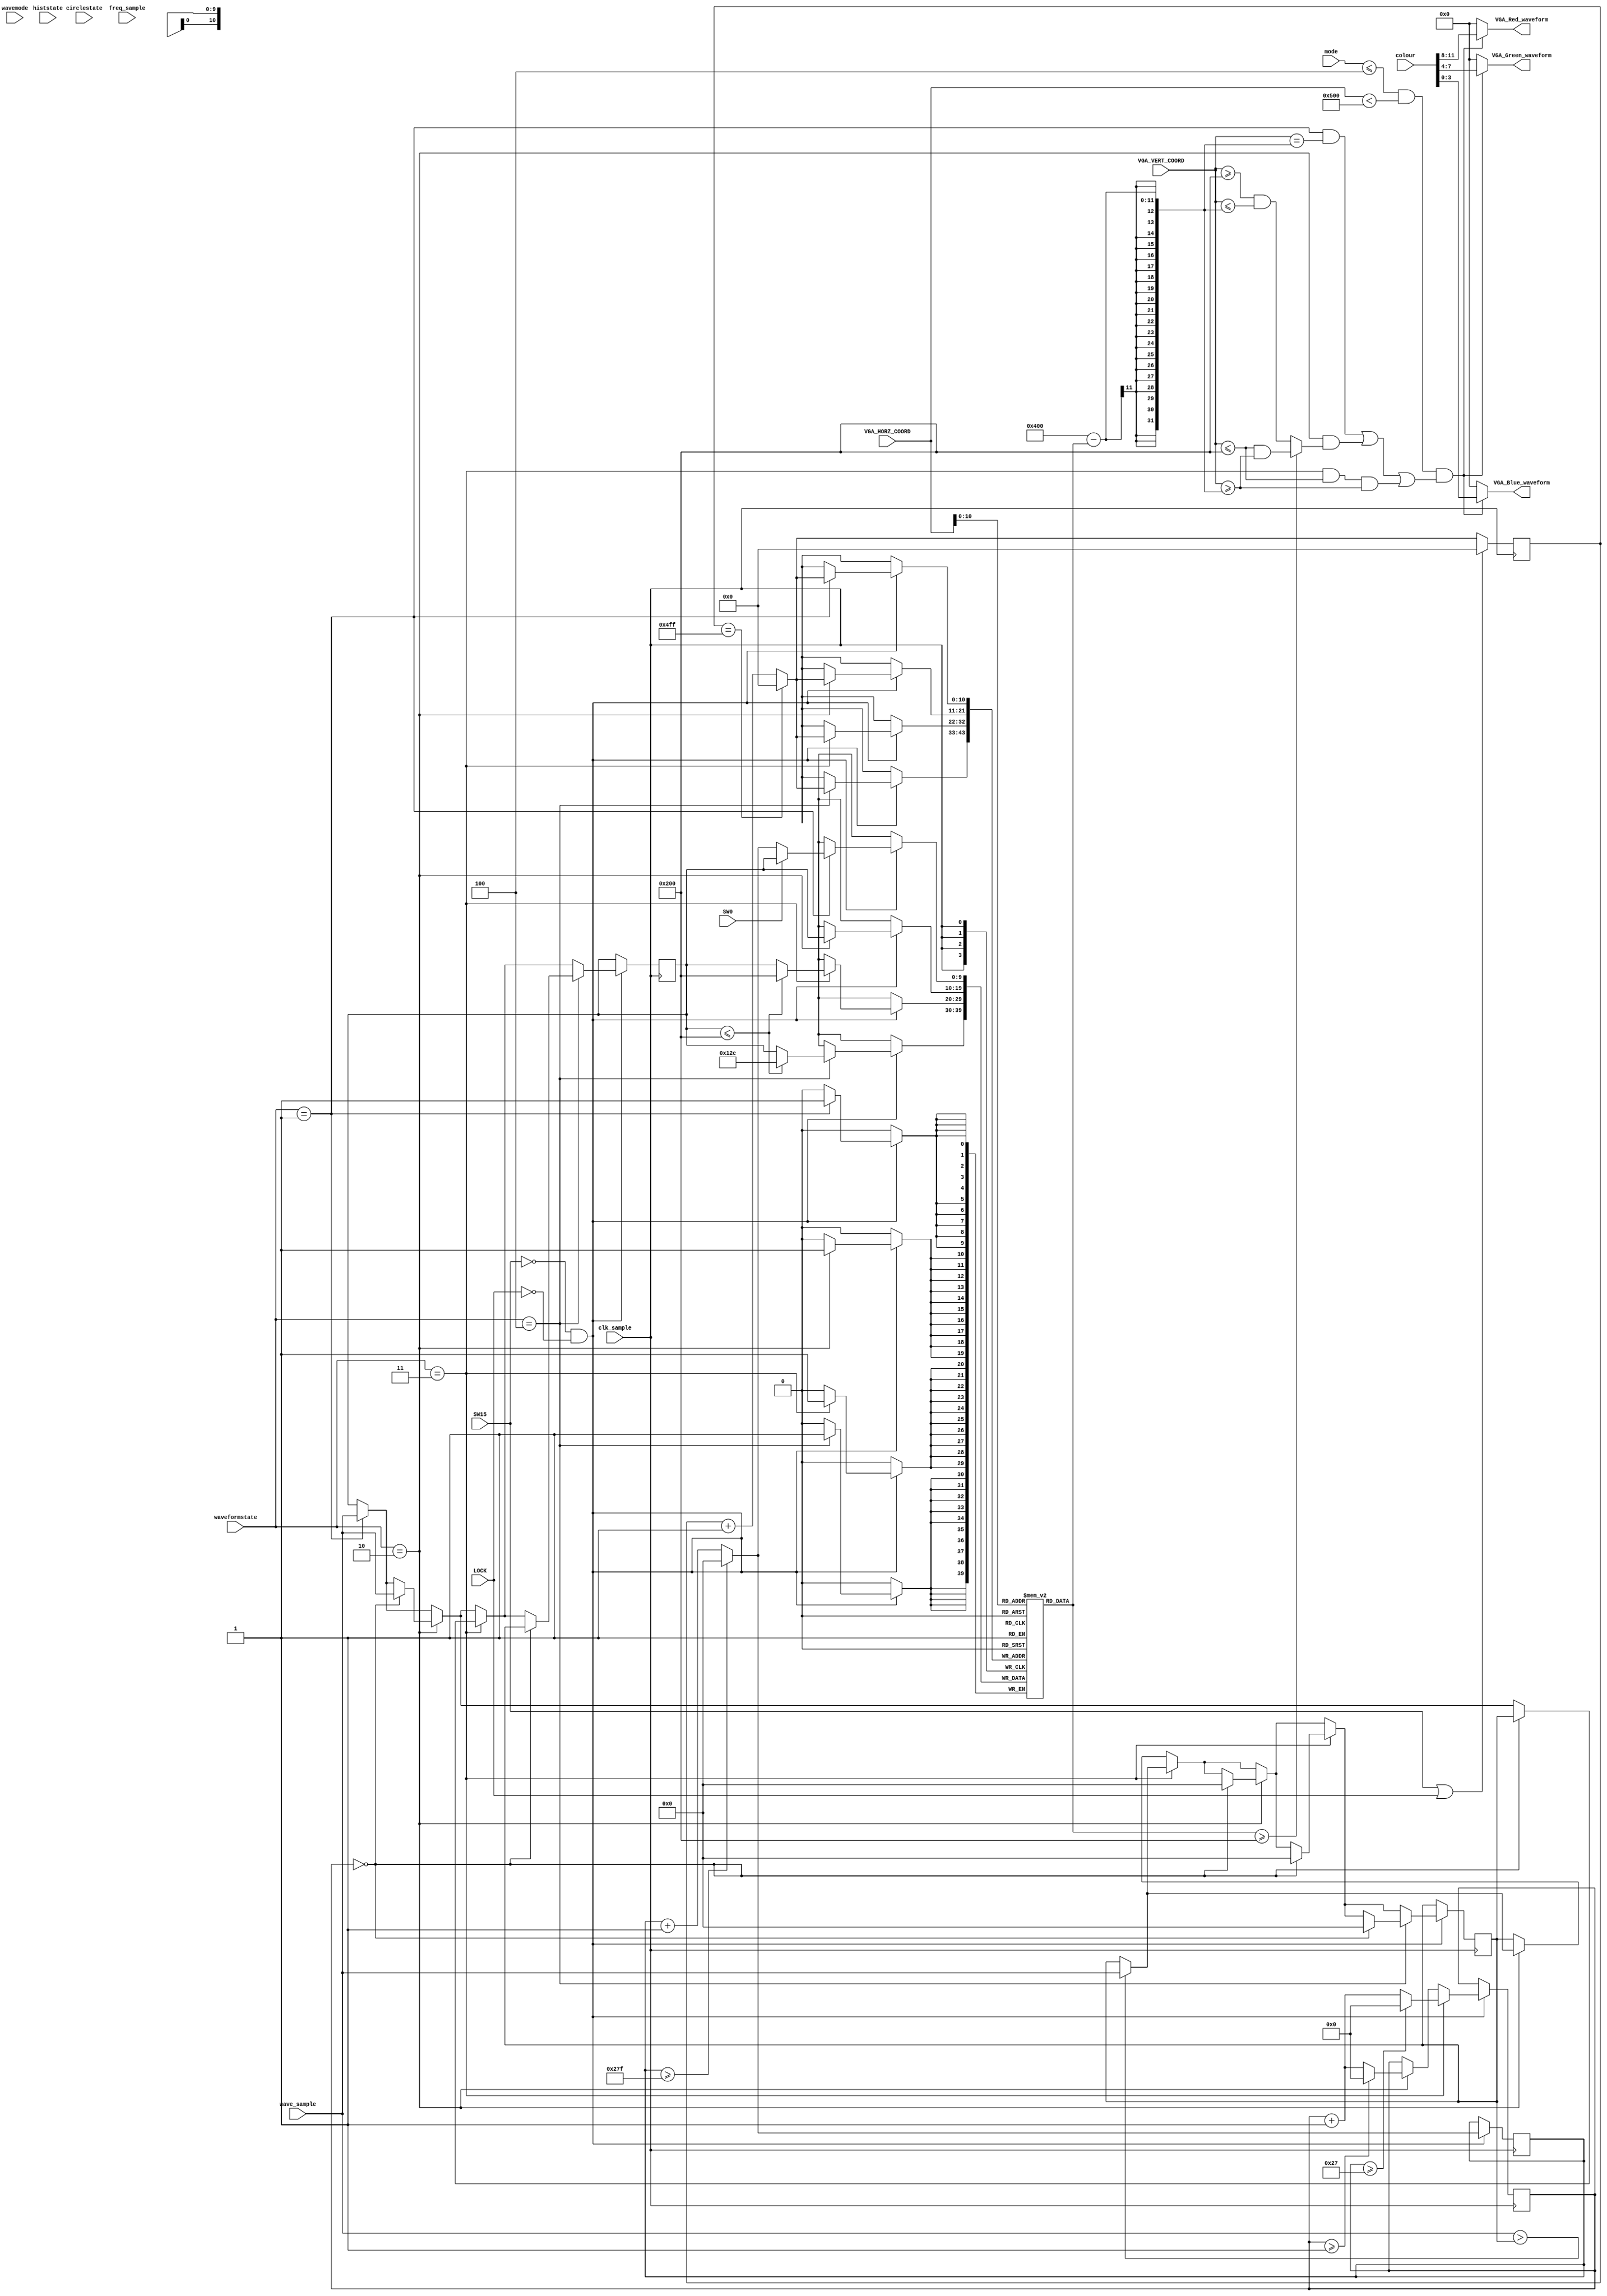
`timescale 1ns / 1ps
/**
 * Draw Waveform (Mode Selectable)
 * Options:
 * 1 - Standard wave w. ramp
 * 2 - Standard wave (Filled) w. ramp
 * 3 - Block wave (Filled)
 */

module Draw_Waveform_Mode(
    input clk_sample, //20kHz clock
    input SW0, SW15,
    input LOCK,
    input [5:0] mode,
    input [2:0] wavemode,
    input [2:0] waveformstate,
    input [2:0] histstate,
    input [2:0] circlestate,
    
    input [9:0] wave_sample,
    input [9:0] freq_sample,
    input [11:0] VGA_HORZ_COORD,
    input [11:0] VGA_VERT_COORD,
    input [11:0] colour,
    
    output [3:0] VGA_Red_waveform,
    output [3:0] VGA_Green_waveform,
    output [3:0] VGA_Blue_waveform
    );
    
    //The memory represents the memory array used to store the voice samples.
    //There are 1280 points and each point can range from 0 to 1023. 
    reg [9:0] memory[1279:0];
    reg [10:0] i = 1; //counter for memory
    reg [9:0] ramp_count;
    
    reg [5:0] counter = 0;
    reg [9:0] prev;
    reg [9:0] maxWave;
    
    //Each wave_sample is displayed on the screen from left to right. 
    always @ (posedge clk_sample) begin
        i = (i == 1279) ? 0 : i + 1;
        
        if (SW15 == 1 || LOCK == 1) begin //reset ramp count
            ramp_count <= 0;
            i <= 0;
        end
        
        if (SW15 == 0 && LOCK == 0) begin
            //filled waveform code (so that it doesn't look terrible)
            if (waveformstate == 2) begin
                counter <= (counter >= 1 ? 0 : counter + 1);
                maxWave <= (wave_sample > maxWave ? wave_sample : maxWave);
            end
            
            //block wave specific code (gets the peak vol per interval)
            if (waveformstate == 3) begin
                counter <= (counter >= 39 ? 0 : counter + 1);
                maxWave <= (wave_sample > maxWave ? wave_sample : maxWave);
            end
            
            
            ramp_count = (ramp_count >= 639) ? 0 : ramp_count + 1;
            
            //determine what to assign to each block
            if (waveformstate == 1) begin
                memory[i] <= (SW0 == 1) ? prev : ramp_count;
                prev <= wave_sample;
            end
            
            if (waveformstate == 2) begin
                memory[i] <= prev;
                if (counter == 0) begin
                    prev <= wave_sample;
                    maxWave <= 0;
                end
            end
            
            if (waveformstate == 3) begin
                memory[i] <= (prev <= 512 ? 512 : prev);
                if (counter == 0) begin
                    prev <= maxWave;
                    maxWave <= 0;
                end
            end
            
            if (waveformstate == 4) begin
                memory[i] <= (prev <= 512 ? 300 : prev);
                if (counter == 0) begin
                    prev <= maxWave;
                    maxWave <= 0;
                end
            end
            
        end
                      
    end
     
    wire [3:0] red;
    wire [3:0] green;
    wire [3:0] blue;
    
    assign red = colour >> 8;
    assign green = colour << 4 >> 8;
    assign blue = colour << 8 >> 8;
    
    assign VGA_Red_waveform = ((mode <= 4 && VGA_HORZ_COORD < 1280) && 
    ((waveformstate == 1 && VGA_VERT_COORD == (1024 - memory[VGA_HORZ_COORD]))
    
    || (waveformstate == 2 && (memory[VGA_HORZ_COORD] >= 512 ? 
    (VGA_VERT_COORD <= 512 && VGA_VERT_COORD >= (1024 - memory[VGA_HORZ_COORD])) :
    (VGA_VERT_COORD >= 512 && VGA_VERT_COORD <= (1024 - memory[VGA_HORZ_COORD])) ))
    
    || (waveformstate == 3 && VGA_VERT_COORD <= 512 && VGA_VERT_COORD >= (1024 - memory[VGA_HORZ_COORD])))) ? red : 0;
    
    assign VGA_Green_waveform = ((mode <= 4 && VGA_HORZ_COORD < 1280) && 
    ((waveformstate == 1 && VGA_VERT_COORD == (1024 - memory[VGA_HORZ_COORD]))
    
    || (waveformstate == 2 && (memory[VGA_HORZ_COORD] >= 512 ? 
    (VGA_VERT_COORD <= 512 && VGA_VERT_COORD >= (1024 - memory[VGA_HORZ_COORD])) :
    (VGA_VERT_COORD >= 512 && VGA_VERT_COORD <= (1024 - memory[VGA_HORZ_COORD])) ))
    
    || (waveformstate == 3 && VGA_VERT_COORD <= 512 && VGA_VERT_COORD >= (1024 - memory[VGA_HORZ_COORD])))) ? green : 0;
    
    assign VGA_Blue_waveform = ((mode <= 4 && VGA_HORZ_COORD < 1280) && 
    ((waveformstate == 1 && VGA_VERT_COORD == (1024 - memory[VGA_HORZ_COORD]))
    
    || (waveformstate == 2 && (memory[VGA_HORZ_COORD] >= 512 ? 
    (VGA_VERT_COORD <= 512 && VGA_VERT_COORD >= (1024 - memory[VGA_HORZ_COORD])) :
    (VGA_VERT_COORD >= 512 && VGA_VERT_COORD <= (1024 - memory[VGA_HORZ_COORD])) ))
    
    || (waveformstate == 3 && VGA_VERT_COORD <= 512 && VGA_VERT_COORD >= (1024 - memory[VGA_HORZ_COORD])))) ? blue : 0;
    
    //assign VGA_Green_waveform = ((VGA_HORZ_COORD < 1280) && (VGA_VERT_COORD <= 512 && VGA_VERT_COORD >= (1024 - memory[VGA_HORZ_COORD]))) ? green : 0;
    //assign VGA_Blue_waveform = ((VGA_HORZ_COORD < 1280) && (VGA_VERT_COORD <= 512 && VGA_VERT_COORD >= (1024 - memory[VGA_HORZ_COORD]))) ? blue : 0 ;

    
endmodule